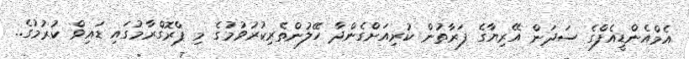
އެމްއެންޑީއެފްގެ ސަދަން އޭރިޔާގެ ފަރާތުން ކުރިއަށްގެންދާ ހޭލުންތެރިކުރުވުމުގެ މި ޕްރޮގްރާމުގައި ޑައިވް ކުރުމުގެ..